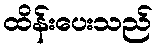
ထိန်းပေးသည်